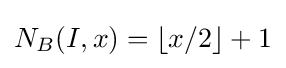
N_{B}(I,x)=\lfloor x/2\rfloor +1